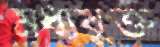
মধ্যযুক্ত